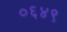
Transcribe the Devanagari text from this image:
०६४९